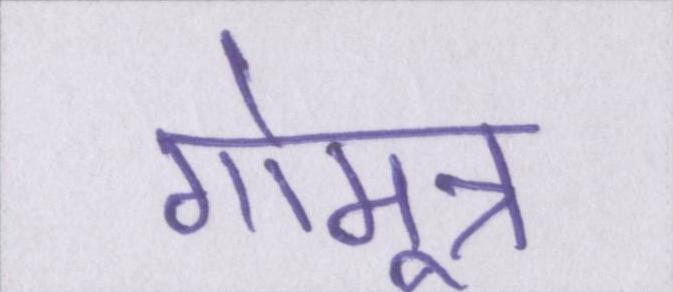
गोमूत्र